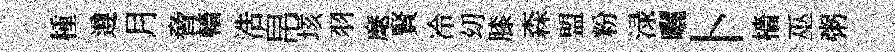
㮔遵月脅轖浩帛垓羽麾賢冷㓜膝森盟粉渌曬卜檣巫粥